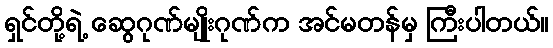
ရှင်တို့ရဲ့ ဆွေဂုဏ်မျိုးဂုဏ်က အင်မတန်မှ ကြီးပါတယ်။